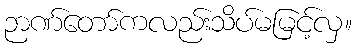
ဉာဏ်တော်ကလည်းသိပ်မမြင့်လှ။